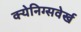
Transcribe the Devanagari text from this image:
क्येनिग्सवेर्ख